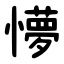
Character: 懜